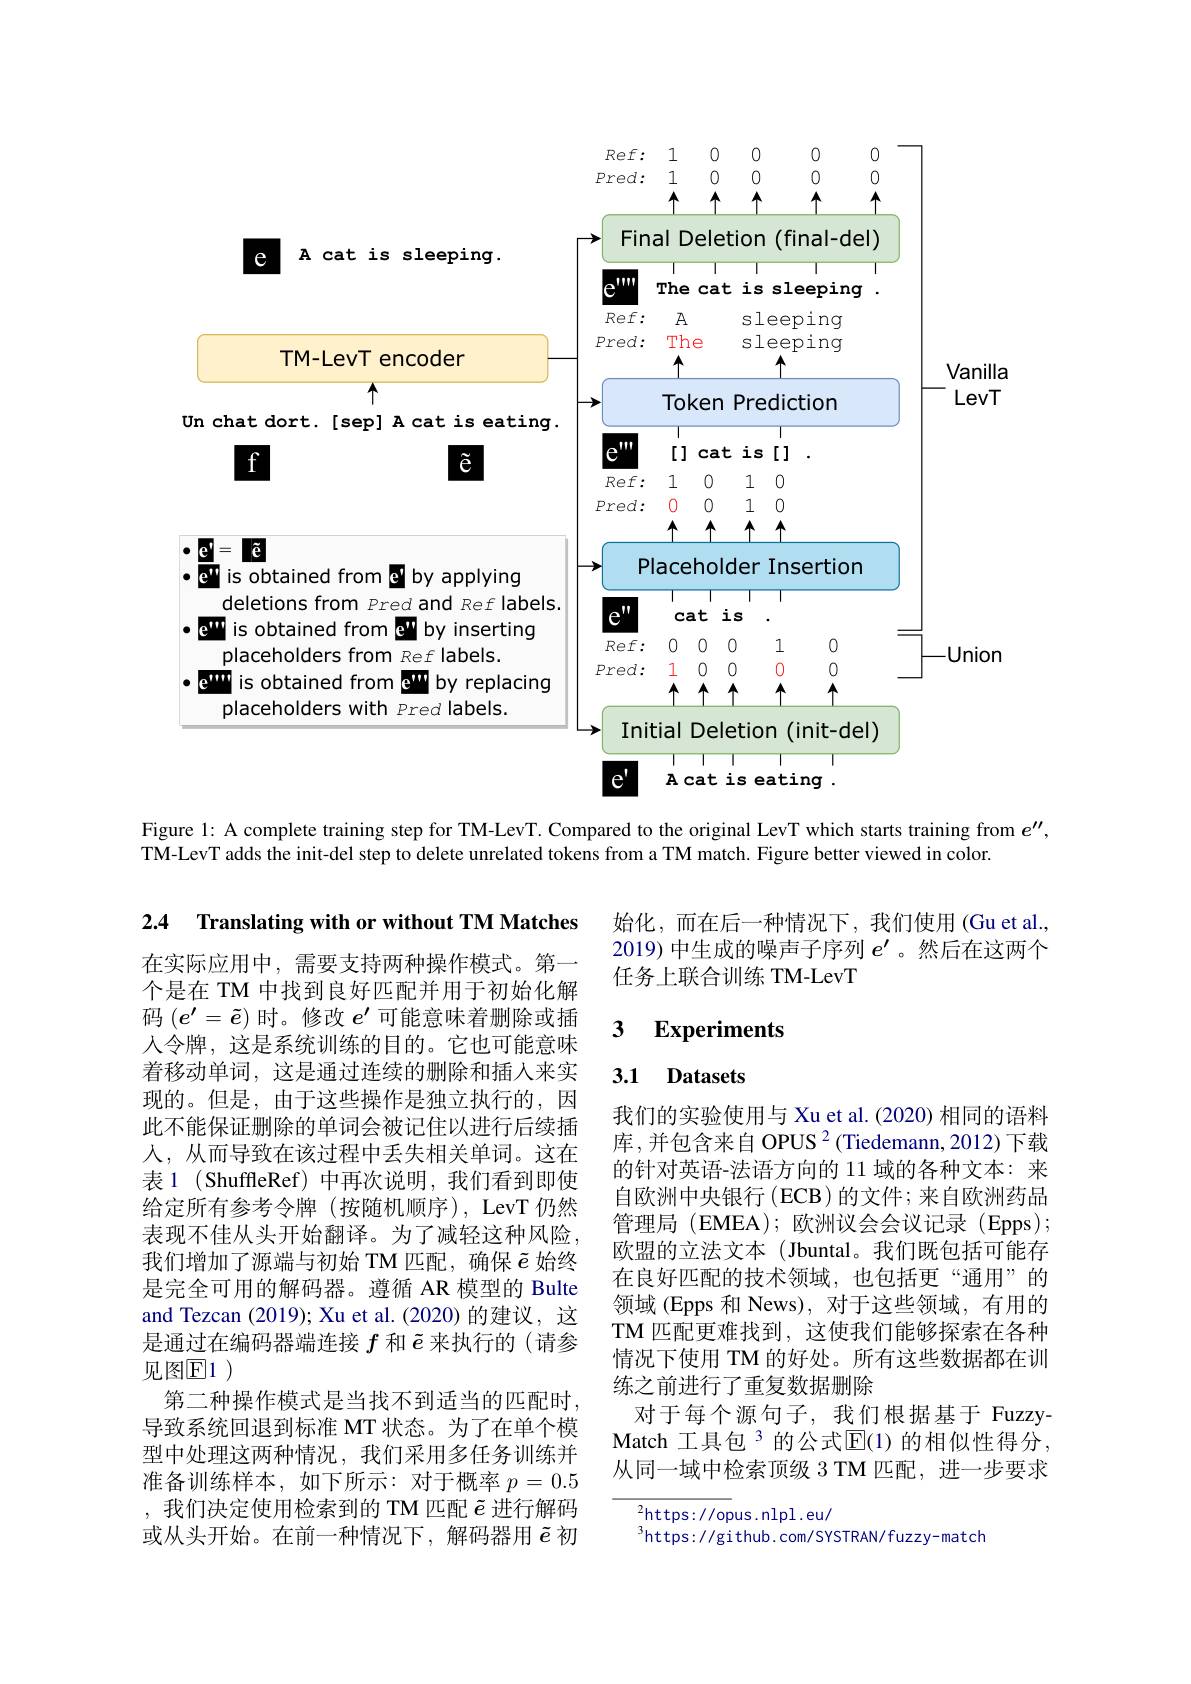
<FigureHere>

Figure 1: A complete training step for TM-LevT. Compared to the original LevT which starts training from $e^{\prime\prime}$,
$\tilde{\text{TM-LevTaddstheinit-del step to delete unrelated tokens from aTM match. Figure better viewed in color.}}$

2.4 Translating with or without TM Matches

始化，而在后一种情况下，我们使用(Gu et al. 2019) 中生成的噪声子序列$e^{\prime}$ 。然后在这两个任务上联合训练 TM-LevT

### $\textbf{3}$ $\textbf{Experiments}$

### 3.1 Datasets

在实际应用中，需要支持两种操作模式。第一个是在 TM 中找到良好匹配并用于初始化解码$(e^{\prime}=\tilde{e})$时。修改$e^{\prime}$可能意味着删除或插人令牌，这是系统训练的目的。它也可能意味着移动单词，这是通过连续的删除和插人来实现的。但是，由于这些操作是独立执行的，因此不能保证删除的单词会被记住以进行后续插入，从而导致在该过程中丢失相关单词。这在表 1 ( ShuffleRef) 中再次说明，我们看到即使给定所有参考令牌(按随机顺序),LevT仍然表现不佳从头开始翻译。为了减轻这种风险我们增加了源端与初始 TM 匹配，确保$\tilde{e}$始终是完全可用的解码器。遵循 AR 模型的 Bulte and Tezcan (2019); Xu et al.(2020) 的建议，这是通过在编码器端连接$f$和$\tilde{e}$来执行的(请参见图$\mathbb{E}$1 )
第二种操作模式是当找不到适当的匹配时导致系统回退到标准 MT 状态。为了在单个模型中处理这两种情况，我们采用多任务训练并准备训练样本，如下所示：对于概率$p=0.5$ ,我们决定使用检索到的 TM 匹配$\tilde{e}$进行解码或从头开始。在前一种情况下，解码器用$\tilde{e}$初

我们的实验使用与 Xu et al. (2020) 相同的语料库，并包含来自 OPUS $^2($Tiedemann, 2012)下载的针对英语-法语方向的 11 域的各种文本：来自欧洲中央银行(ECB)的文件；来自欧洲药品管理局 (EMEA); 欧洲议会会议记录 (Epps); 欧盟的立法文本(Jbuntal。我们既包括可能存在良好匹配的技术领域，也包括更“通用”的领域 (Epps 和 News), 对于这些领域，有用的TM 匹配更难找到，这使我们能够探索在各种情况下使用 TM 的好处。所有这些数据都在训练之前进行了重复数据删除
对于每个源句子，我们根据基于 FuzzyMatch 工具包$^3$的公式$\overline{\mathrm{E}}(1)$ 的相似性得分， 从同一域中检索顶级 3 TM 匹配，进一步要求

${\frac{2}{\mathrm{https://op}}}$us.nlpl.eu/
$^{3}$https://github.com/SYSTRAN/fuzzy-match